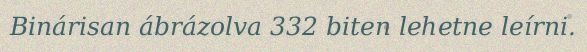
Binárisan ábrázolva 332 biten lehetne leírni.